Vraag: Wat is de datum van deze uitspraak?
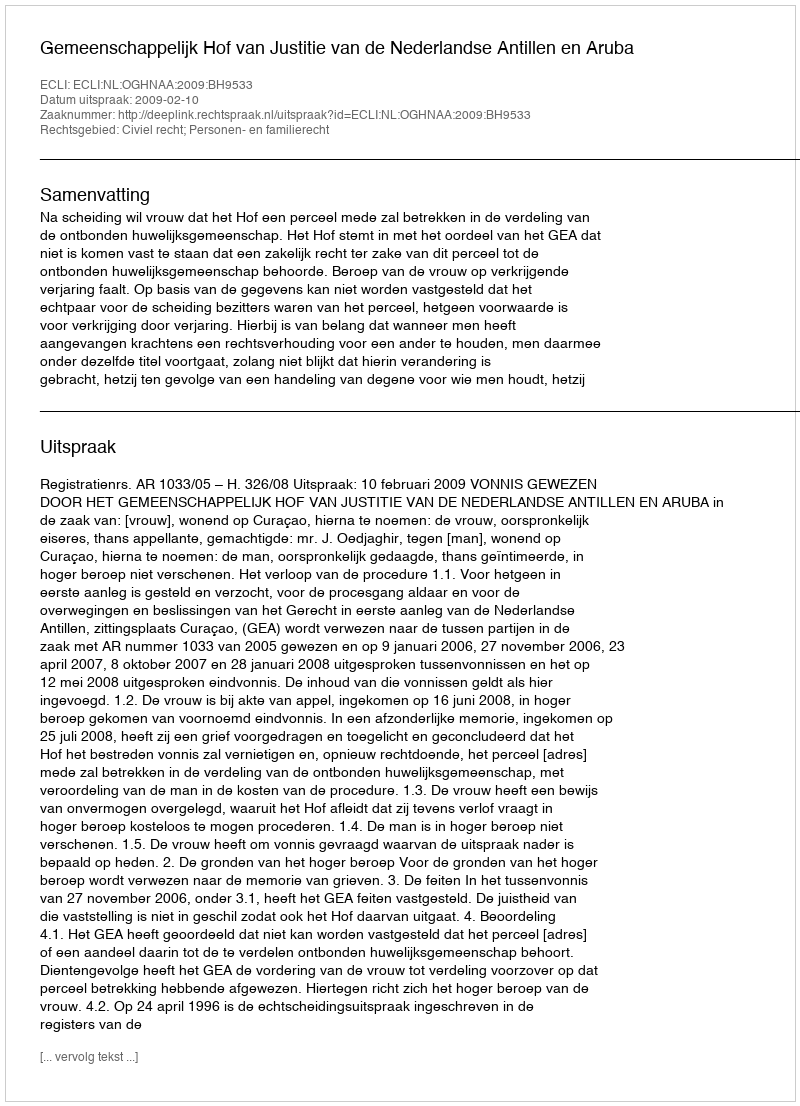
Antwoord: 2009-02-10